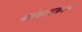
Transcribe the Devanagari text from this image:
कलेक्टरांकडेच